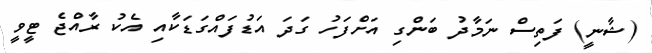
(ޝާނީ) ފަތިސް ނަމާދު ބަންގި އަށްފަހު ގަދަ އަޑުފައްގަޑަކާއި އެކު ރާއްޖެ ޓީވީ